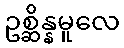
ဥစ္ဆိန္နမူလေ